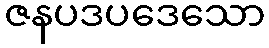
ဇနပဒပဒေသော